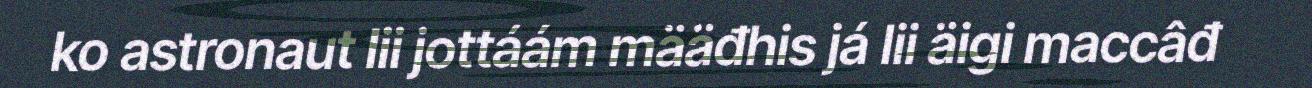
ko astronaut lii jottáám määđhis já lii äigi maccâđ